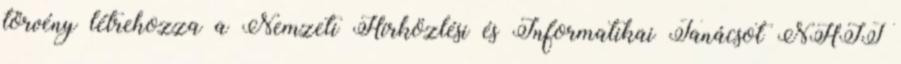
törvény létrehozza a Nemzeti Hírközlési és Informatikai Tanácsot NHIT